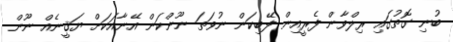
ބުނި ގޮތުގައި ރިލްވާން ފެރީއިން ފޭބިކަން ނުވަތަ ނޫންކަން އޭނާއަކަށް ޔަޤީނެއް ނޫން